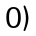
0)